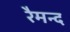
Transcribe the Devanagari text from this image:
रैमन्द